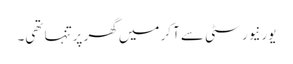
یورنیورسٹی سے آکر میں گھر پرتنہا تھی۔